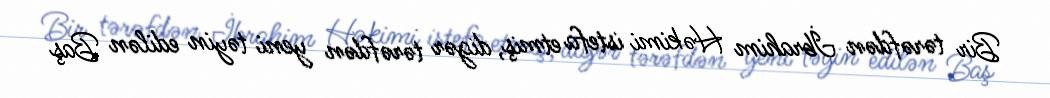
Bir tərəfdən İbrahim Həkimi istefa etmiş, digər tərəfdən yeni təyin edilən Baş